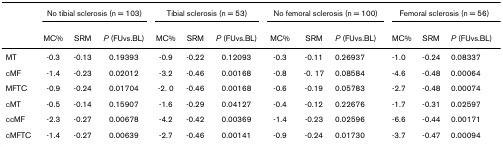
|  | <COLSPAN=3> No tibial sclerosis (n = 103) | <COLSPAN=3> Tibial sclerosis (n = 53) | <COLSPAN=3> No femoral sclerosis (n = 100) | <COLSPAN=3> Femoral sclerosis (n = 56) |
 |  | MC% | SRM | P (FUvs.BL) | MC% | SRM | P (FUvs.BL) | MC% | SRM | P (FUvs.BL) | MC% | SRM | P (FUvs.BL) |
 | --- | --- | --- | --- | --- | --- | --- | --- | --- | --- | --- | --- | --- |
 | MT | -0.3 | -0.13 | 0.19393 | -0.9 | -0.22 | 0.12093 | -0.3 | -0.11 | 0.26937 | -1.0 | -0.24 | 0.08337 |
 | cMF | -1.4 | -0.23 | 0.02012 | -3.2 | -0.46 | 0.00168 | -0.8 | -0. 17 | 0.08584 | -4.6 | -0.48 | 0.00064 |
 | MFTC | -0.9 | -0.24 | 0.01704 | -2. 0 | -0.46 | 0.00168 | -0.6 | -0.19 | 0.05783 | -2.7 | -0.48 | 0.00074 |
 | cMT | -0.5 | -0.14 | 0.15907 | -1.6 | -0.29 | 0.04127 | -0.4 | -0.12 | 0.22676 | -1.7 | -0.31 | 0.02597 |
 | ccMF | -2.3 | -0.27 | 0.00678 | -4.2 | -0.42 | 0.00369 | -1.4 | -0.23 | 0.02596 | -6.6 | -0.44 | 0.00171 |
 | cMFTC | -1.4 | -0.27 | 0.00639 | -2.7 | -0.46 | 0.00141 | -0.9 | -0.24 | 0.01730 | -3.7 | -0.47 | 0.00094 |